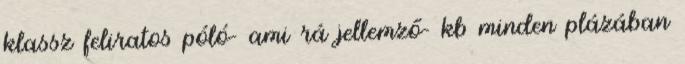
klassz feliratos póló- ami rá jellemző- kb minden plázában